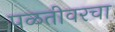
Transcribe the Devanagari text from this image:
पळतीवरचा